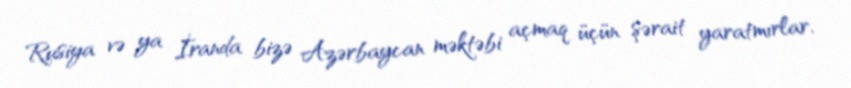
Rusiya və ya İranda bizə Azərbaycan məktəbi açmaq üçün şərait yaratmırlar,